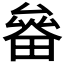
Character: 𤲛